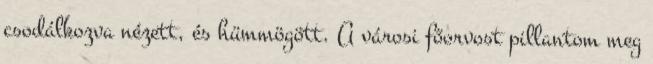
csodálkozva nézett, és hümmögött. A városi főorvost pillantom meg